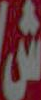
ش